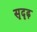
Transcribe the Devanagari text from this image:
सृदृढ़